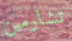
تشارمين